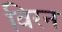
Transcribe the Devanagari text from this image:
विरन